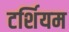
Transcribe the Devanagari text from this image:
टर्शियम